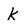
Character: K